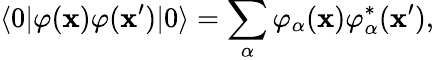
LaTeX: \langle0|\varphi(\mathbf{x})\varphi(\mathbf{x}^{\prime})|0\rangle=\sum_{\alpha}\varphi_{\alpha}(\mathbf{x})\varphi_{\alpha}^{\ast}(\mathbf{x}^{\prime}),